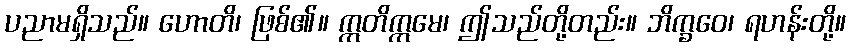
ပညာမရှိသည်။ ဟောတိ၊ ဖြစ်၏။ ဣတိဣမေ၊ ဤသည်တို့တည်း။ ဘိက္ခဝေ၊ ရဟန်းတို့။